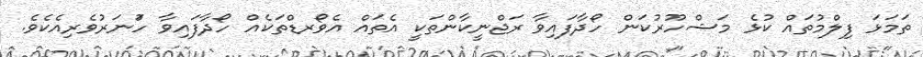
ތަމަޅަ ފިލްމުތައް ކުޅެ މަޝްހޫރުކަން ހޯދާފައިވާ ރަޖްނީކާންތަކީ އެތައް އެވޯރޑްތަކެއް ހޯދާފައިވާ ހުަނަރުވެރިއެކެވެ.